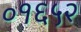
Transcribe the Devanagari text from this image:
०१६५२